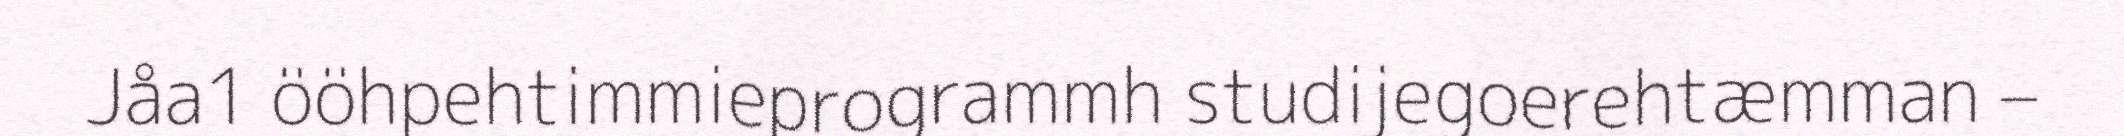
Jåa1 ööhpehtimmieprogrammh studijegoerehtæmman –